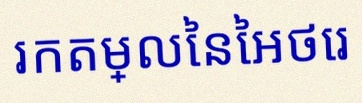
រកតម្លៃនៃអថេរ